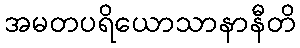
အမတပရိယောသာနာနီတိ